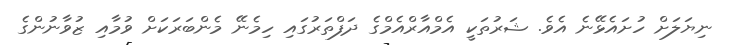
ނިޔަލަށް ހުށައެޅޭނެ އެވެ. ޝަރުތަކީ އެމްއާރްއެމްގެ ދަފްތަރުގައި ހިމެނޭ މެންބަރަކަށް ވުމާއި ޒުވާނުންގެ